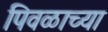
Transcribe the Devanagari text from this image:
पिवळाच्या